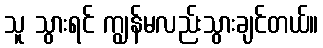
သူ သွားရင် ကျွန်မလည်းသွားချင်တယ်။